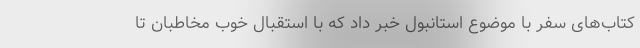
کتاب‌های سفر با موضوع استانبول خبر داد که با استقبال خوب مخاطبان تا